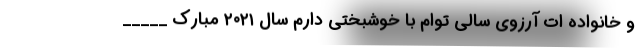
و خانواده ات آرزوی سالی توام با خوشبختی دارم سال ۲۰۲۱ مبارک _____